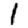
Digit: 1